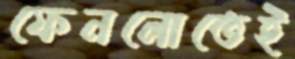
ফেনলোতেই